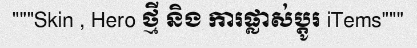
"""Skin , Hero ថ្មី និង ការផ្លាស់ប្តូរ iTems"""